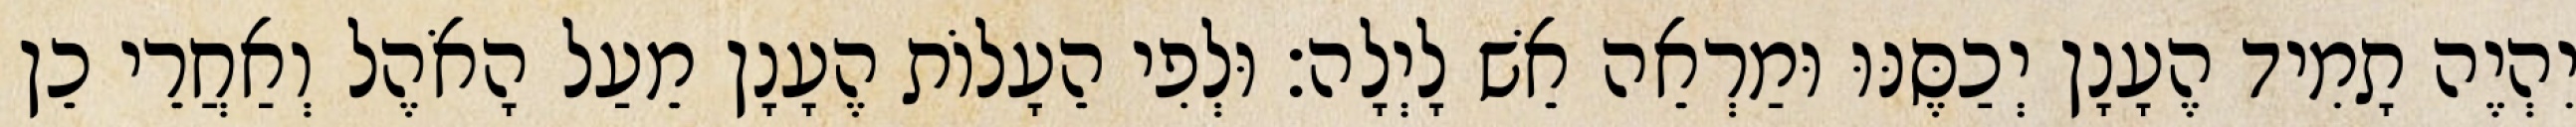
יִהְיֶה תָמִיד הֶעָנָן יְכַסֶּנּוּ וּמַרְאֵה אֵשׁ לָיְלָה׃ וּלְפִי הֵעָלוֹת הֶעָנָן מֵעַל הָאֹהֶל וְאַחֲרֵי כֵן